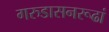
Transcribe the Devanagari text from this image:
गरुडासनरूढां